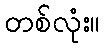
တစ်လုံး။